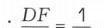
\(DF = 1\)